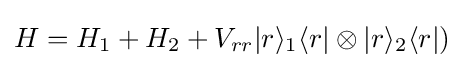
H=H_{1}+H_{2}+V_{rr}|r\rangle _{1}\langle r|\otimes |r\rangle _{2}\langle r|)